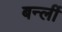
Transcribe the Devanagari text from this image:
बर्न्ली